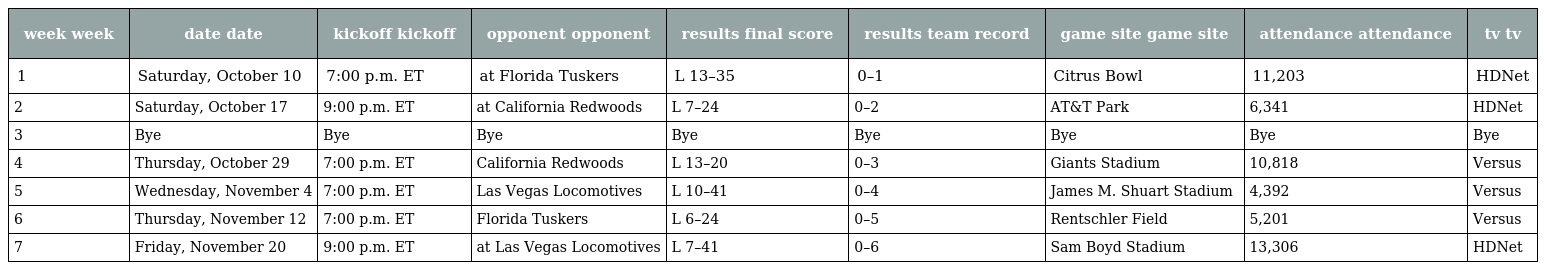
| week week | date date | kickoff kickoff | opponent opponent | results final score | results team record | game site game site | attendance attendance | tv tv |
 | --- | --- | --- | --- | --- | --- | --- | --- | --- |
 | 1 | Saturday, October 10 | 7:00 p.m. ET | at Florida Tuskers | L 13–35 | 0–1 | Citrus Bowl | 11,203 | HDNet |
 | 2 | Saturday, October 17 | 9:00 p.m. ET | at California Redwoods | L 7–24 | 0–2 | AT&T Park | 6,341 | HDNet |
 | 3 | Bye | Bye | Bye | Bye | Bye | Bye | Bye | Bye |
 | 4 | Thursday, October 29 | 7:00 p.m. ET | California Redwoods | L 13–20 | 0–3 | Giants Stadium | 10,818 | Versus |
 | 5 | Wednesday, November 4 | 7:00 p.m. ET | Las Vegas Locomotives | L 10–41 | 0–4 | James M. Shuart Stadium | 4,392 | Versus |
 | 6 | Thursday, November 12 | 7:00 p.m. ET | Florida Tuskers | L 6–24 | 0–5 | Rentschler Field | 5,201 | Versus |
 | 7 | Friday, November 20 | 9:00 p.m. ET | at Las Vegas Locomotives | L 7–41 | 0–6 | Sam Boyd Stadium | 13,306 | HDNet |